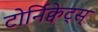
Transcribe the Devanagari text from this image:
टोर्निक्वेट्स्